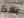
بهذا